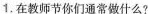
1.在教师节你们通常做什么?